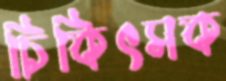
চিকিৎসক